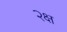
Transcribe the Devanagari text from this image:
२क्ष